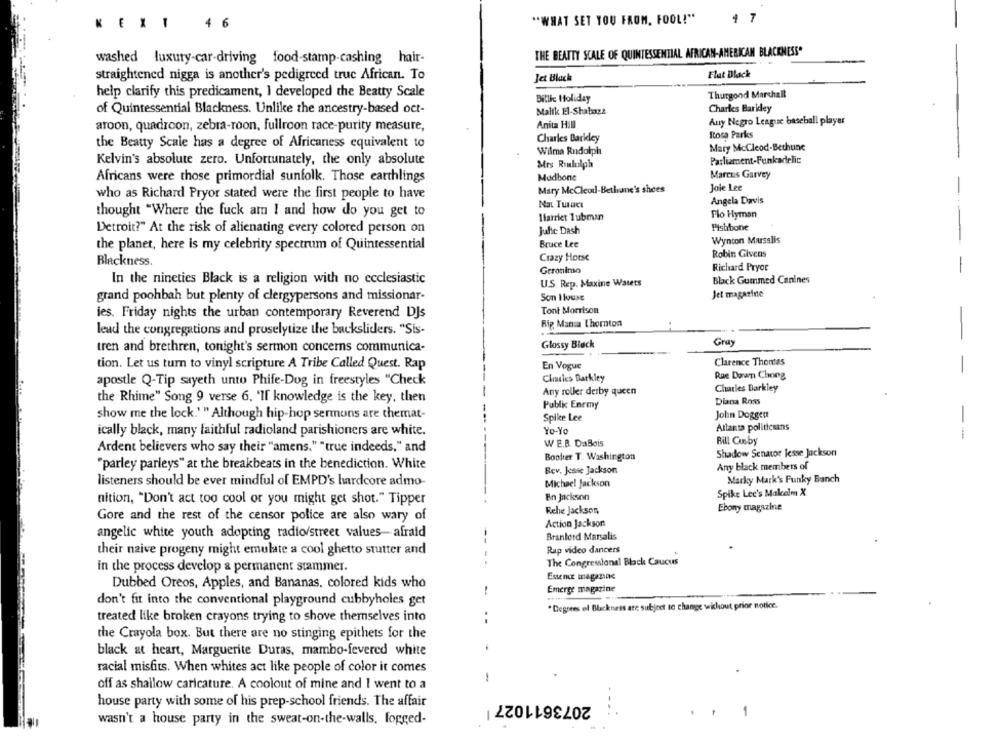
"WHAT SET YOU FROM, FOOL!"
4 7
NEXT
-
4 6
THE BEAUTY SCALE OF QUINTESSENTIAL AFRICAN-AMERICAN BLACKNESS"
washed luxury-car-driving food-stamp-cashing hair-
Flat Black
straightened nigga is another's pedigreed truc African. To
Jet Black
help clarify this predicament, I developed the Beatty Scale
Thurgond Marchall
Billie Holiday
of Quintessential Blackness. Unlike the ancestry-based oct-
Malik El-Shabazz
Charles Baridey
Anita Hill
Auy Negro League baseball player
aroon, quadroon, zebra-roon, fullroon race-purity measure,
Rosa Parks
Charles Barkley
the Beatty Scale has a degree of Africaness equivalent to
Mary McCleod-Bethune
Wilma Rudolph
Kelvin's absolute zero. Unfortunately, the only absolute
Mrs Riululph
Parliament-Funkadelic
Africans were those primordial sunfolk. Those earthlings
Mudbone
Marcus Garvey
Mary McCleodl-Bethune's shoes
Joie Lee
who as Richard Pryor stated were the first people to have
Angela Davis
Nat Tunaci
thought "Where the fuck am I and how do you get to
Flo Hyman
Harriet Tubman
Detroit?" At the risk of alienating every colored person on
Julie Dash
Pistibone
Bruce Lee
Wynton Marsalis
the planet, here is my celebrity spectrum of Quintessential
Crazy Horse
Robin Givens
Blackness.
Richard Pryor
-
Geronimo
In the nineties Black is a religion with no ecclesiastic
U.S. Rep. Maxine Waters
Black Gummed Canines
grand poohbah but plenty of clergypersons and missionar-
Son House
Jet magazine
Tont Morrison
ies. Friday nights the urban contemporary Reverend DJs
Rip Mama Thornton
lead the congregations and proselytize the backsliders. "Sis-
Gray
tren and brethren, tonight's sermon concerns communica-
Glossy Black
Clarence Thomas
tion. Let us turn to vinyl scripture A Tribe Called Quest. Rap
En Vogue
Charles Barkley
Rae Darum Chong
apostle Q-Tip sayeth unto Phife-Dog in freestyles "Check
Any roller derby queen
Charles Barkley
the Rhime" Song 9 verse 6. 'If knowledge is the key, then
Diana Ross
Public Enemy
John Dogget
show me the lock.'" Although hip-hop sermons are themat-
Spike Lee
Yo-Yo
Atlanta politicsans
ically black, many faithful radioland parishioners are white.
--
WE.B. DaBois
Bill Cosby
Ardent believers who say their "amens." "true indeeds," and
Shadow Senator jesse Jackson
Booker T. Washington
"parley parleys" at the breakbeats in the benediction. White
Any black members of
Rev. Jesse Jackson
listeners should be ever mindful of EMPD's hardcore admo-
Michael Jackson
Marky Mark's Funky Banch
En Jackson
Spike Lee's Makelm X
nition, "Don't act too cool or you might get shot." Tipper
Rehe Jackson
Ebony magazine
Gore and the rest of the censor police are also wary of
Action Jackson:
angelic white youth adopting radio/street values- afraid
--
Branlerd Marsalis
Rap video dancers
their naive progeny might emulate a cool ghetto stutter and
..
The Congressional Black Caucus
in the process develop & permanent stammer.
Essence magazine
Dubbed Oreos, Apples, and Bananas, colored kids who
!
Emerge magazine
don't fit into the conventional playground cubbyholes get
*Degrees el Blackness are subject to change wklout prior notice.
treated like broken crayons trying to shove themselves into
the Crayola box. But there are no stinging epithets for the
black at heart, Marguerite Duras, mambo-fevered white
racial misfits. When whites act like people of color it comes
-
off as shallow caricature. A coolout of mine and I went to a
2073611027
house party with some of his prep-school friends. The affair
-
wasn't a house party in the sweat-on-the-walls, fogged-